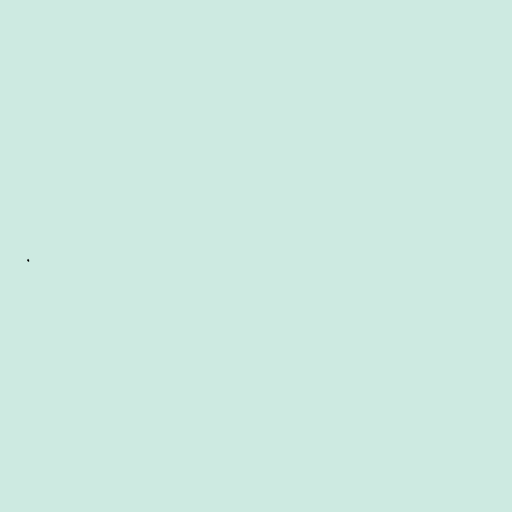
.